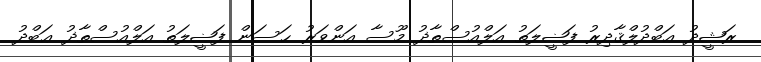
ރަޝީދު ޢަބްދުލްޤާދިރު ފަޟީލަތު އަލްއުސްތާޛު މޫސާ އަންވަރު ޙަސަން ފަޟީލަތު އަލްއުސްތާޛު ޢަބްދު